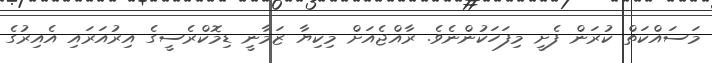
މަސައްކަތް ކުރަން ފެށީ މިފަހަކުންނެވެ. ރާއްޖެއަށް މިކިޔާ ޒަމާނީ ޑިމޮކްރެސީގެ އިރުއަރައި އެއިރުގެ